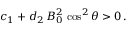
c _ { 1 } + d _ { 2 } \, B _ { 0 } ^ { 2 } \, \cos ^ { 2 } \theta > 0 \, .